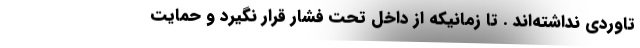
تاوردی نداشته‌اند . تا زمانیکه از داخل تحت فشار قرار نگیرد و حمایت